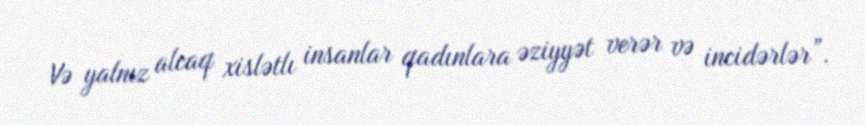
Və yalnız alcaq xislətlı insanlar qadınlara əziyyət verər və incidərlər”.